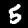
Label: 5